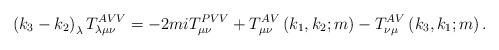
LaTeX: \begin{align*}\left( k_{3}-k_{2}\right) _{\lambda }T_{\lambda \mu \nu }^{AVV}=-2miT_{\mu\nu }^{PVV}+T_{\mu \nu }^{AV}\left( k_{1},k_{2};m\right) -T_{\nu \mu}^{AV}\left( k_{3},k_{1};m\right) .\end{align*}